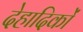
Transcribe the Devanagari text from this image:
देहादिकों